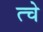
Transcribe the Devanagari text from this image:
त्चे